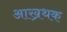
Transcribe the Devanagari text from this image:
आख्रथक